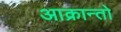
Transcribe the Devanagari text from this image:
आक्रान्तो